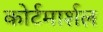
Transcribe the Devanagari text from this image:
कोर्टमार्शल